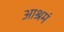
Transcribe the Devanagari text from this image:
आश्रमं